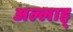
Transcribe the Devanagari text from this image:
अल्लाह्